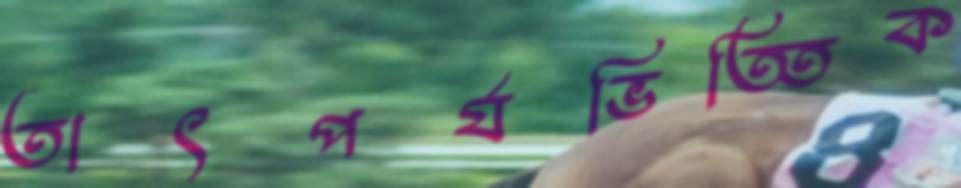
তাৎপর্যভিত্তিক